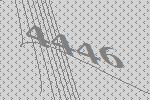
4446